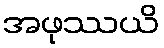
အဖုဿယိ